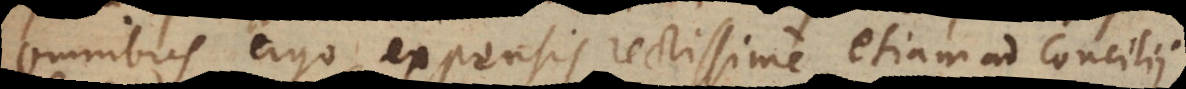
Omnibus ergo expensis rectissime etiam ad Concilii